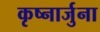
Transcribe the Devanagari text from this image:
कृष्नार्जुना